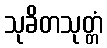
သုခိတသုတ္တံ